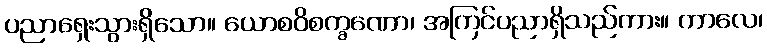
ပညာရှေးသွားရှိသော။ ယောစဝိစက္ခဏော၊ အကြင်ပညာရှိသည်ကား။ ကာလေ၊